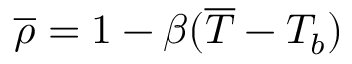
\overline { { \rho } } = 1 - \beta ( \overline { { T } } - T _ { b } )